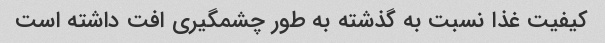
کیفیت غذا نسبت به گذشته به طور چشمگیری افت داشته است